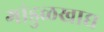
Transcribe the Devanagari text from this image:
गांडुळखाद्य